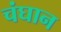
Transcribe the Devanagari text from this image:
चंघान